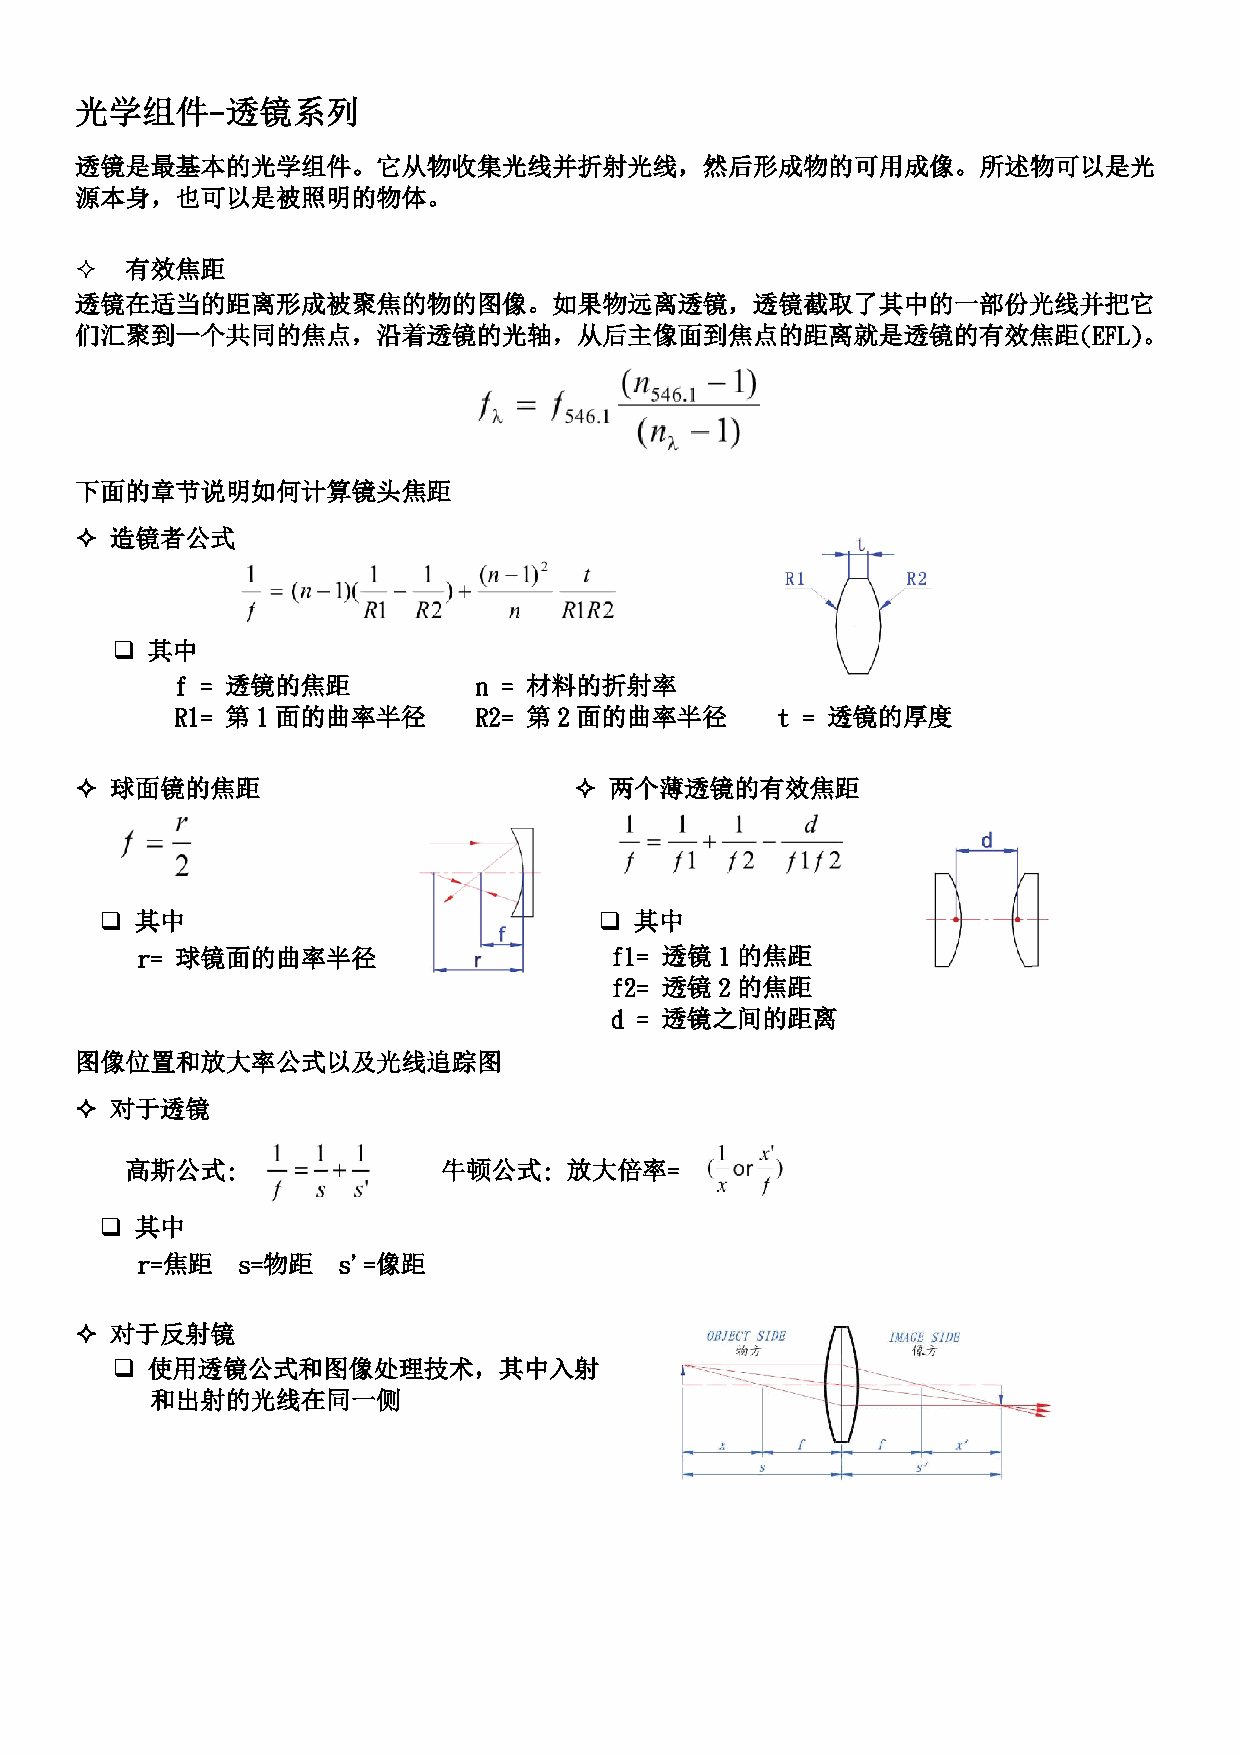
光学组件-透镜系列
 透镜是最基本的光学组件。它从物收集光线并折射光线，然后形成物的可用成像。所述物可以是光
 源本身，也可以是被照明的物体。
   有效焦距
 透镜在适当的距离形成被聚焦的物的图像。如果物远离透镜，透镜截取了其中的一部份光线并把它
 们汇聚到一个共同的焦点，沿着透镜的光轴，从后主像面到焦点的距离就是透镜的有效焦距(EFL)。
 下面的章节说明如何计算镜头焦距
  造镜者公式
   其中
 f = 透镜的焦距          n = 材料的折射率
 R1= 第1 面的曲率半径      R2= 第 2 面的曲率半径      t = 透镜的厚度
  球面镜的焦距                          两个薄透镜的有效焦距
  其中                              其中
 r= 球镜面的曲率半径                    f1= 透镜  1的焦距
 f2= 透镜  2的焦距
 d = 透镜之间的距离
 图像位置和放大率公式以及光线追踪图
  对于透镜
 高斯公式:                牛顿公式:   放大倍率=
  其中
 r=焦距   s=物距  s'=像距
  对于反射镜
   使用透镜公式和图像处理技术，其中入射
 和出射的光线在同一侧